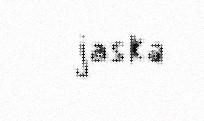
jaska